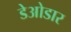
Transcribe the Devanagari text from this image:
डेओडार